Source: Handwritten
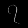
Digit: ၇ (7)